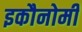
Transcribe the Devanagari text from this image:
इकौनोमी